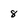
Character: 8